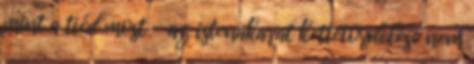
mint a tiéd most - az istenakarat kettétördelése nem